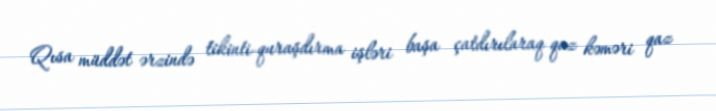
Qısa müddət ərzində tikinti-quraşdırma işləri başa çatdırılaraq qaz kəməri qaz